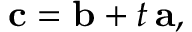
\mathbf { c } = \mathbf { b } + t \, \mathbf { a } ,